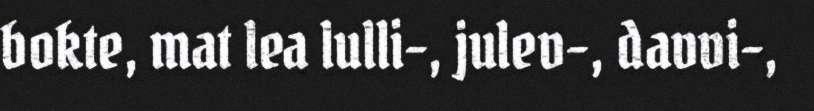
bokte, mat lea lulli-, julev-, davvi-,